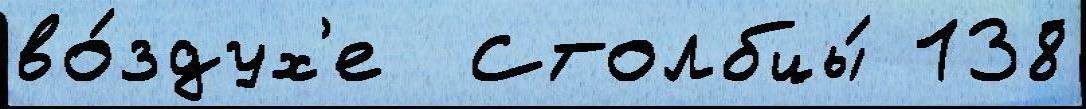
во́здух'е  Столбцы́ 138